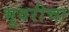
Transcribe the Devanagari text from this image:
भूवरीचा